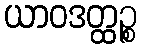
ယာဝဒတ္ထဉ္စ